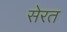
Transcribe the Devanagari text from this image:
सेरत